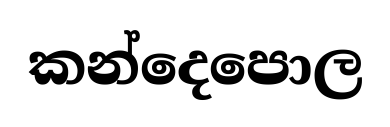
කන්දෙපොල